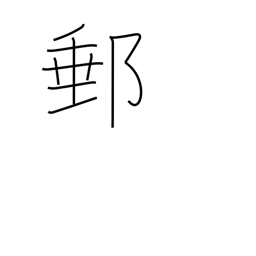
Meaning: mail